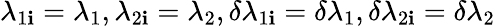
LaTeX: \lambda_{1\mathbf{i}}=\lambda_{1},\lambda_{2\mathbf{i}}=\lambda_{2},\delta\lambda_{1\mathbf{i}}=\delta\lambda_{1},\delta\lambda_{2\mathbf{i}}=\delta\lambda_{2}